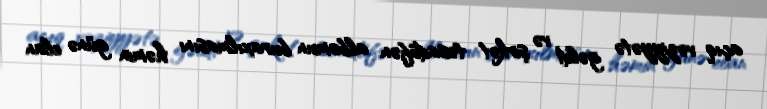
açıq vəziyyətə gəldi və şirkət təsadüfən albomun buraxılmasını həmin günə elan